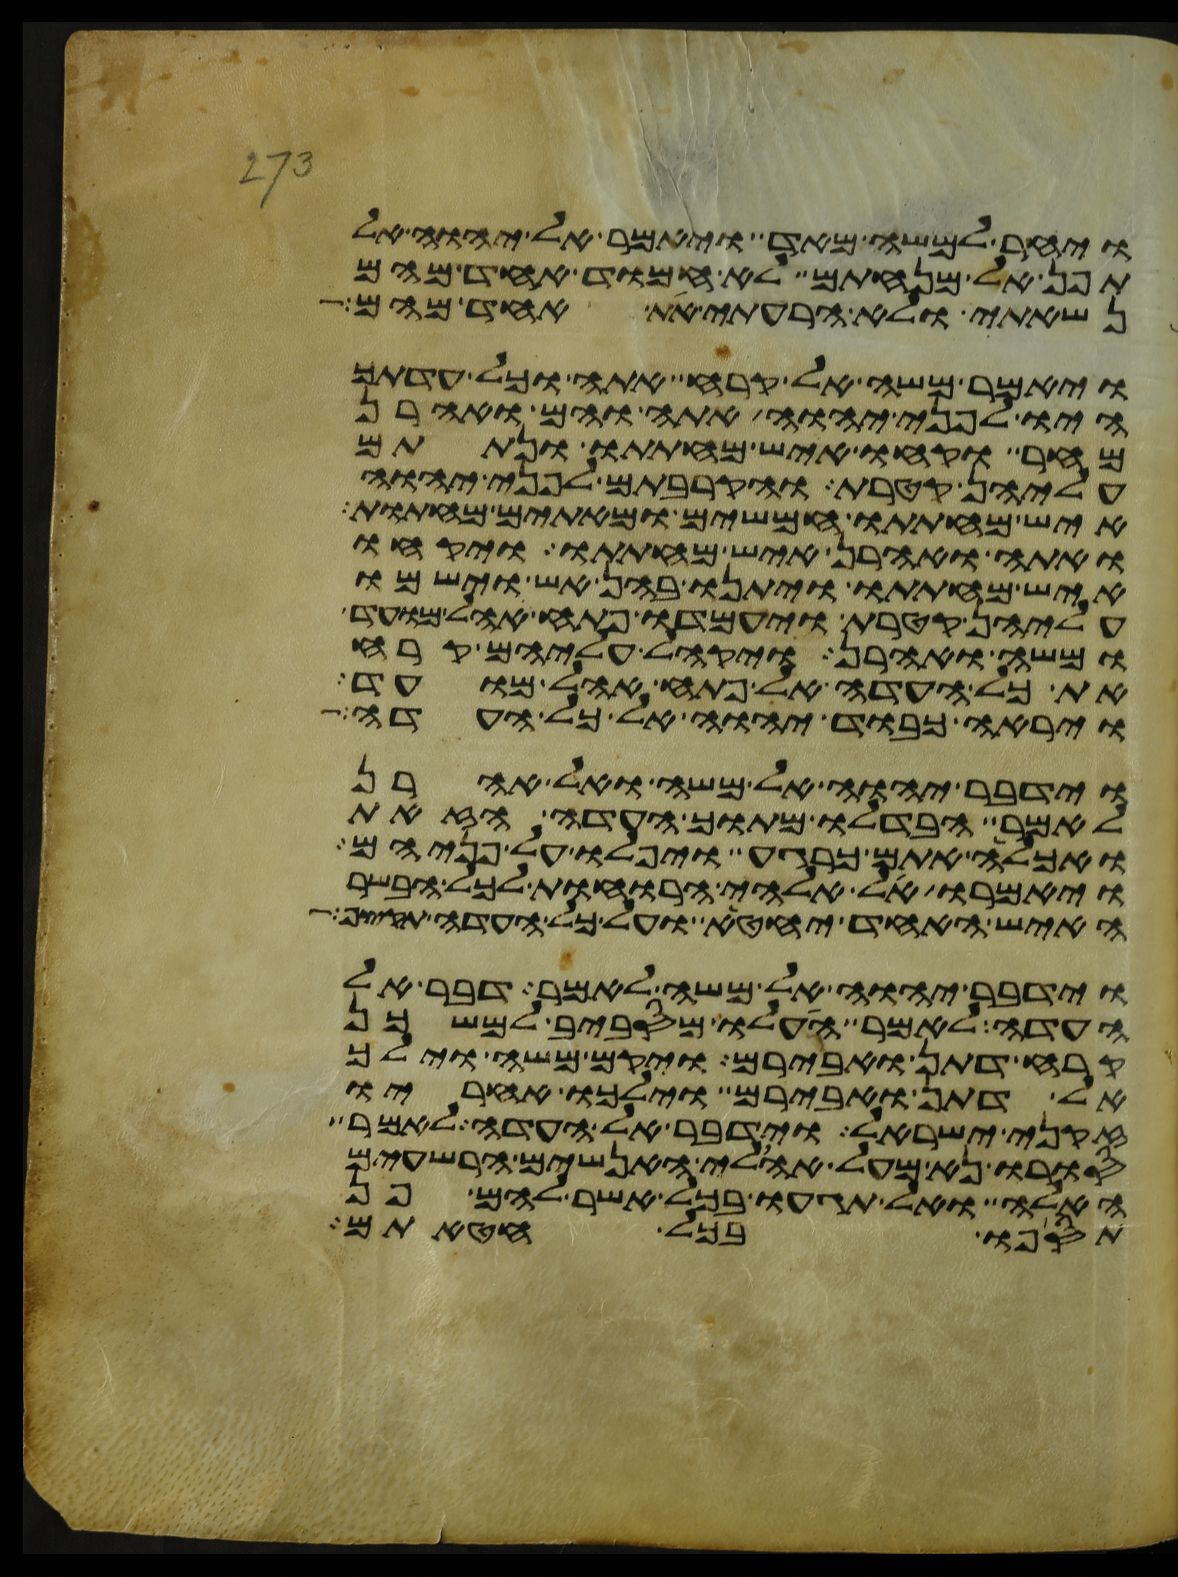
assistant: ויחר למשה מאד ויאמר אל יהוה אל
תפן אל מנחתם לא חמוד אחד מהם
נשאתי ולא הרעתי את אחד מהם
ויאמר משה אל קרח אתה וכל עדתך
היו לפני יהוה אתה והם ואהרן
מחר וקחו איש מחתתו ונתתם
עליהן קטרת והקרבתם לפני יהוה
איש מחתתו חמשים ומאתים מחתות
ואתה ואהרן איש מחתתו ויקחו
איש מחתתו ויתנו בהן אש וישמו
עליהן קטרת ויעמדו פתח אהל מועד
ומשה ואהרן ויקהל עליהם קרח
את כל העדה אל פתח אהל מועד
וירא כבוד יהוה אל כל העדה
וידבר יהוה אל משה ואל אהרן
לאמר הבדלו מתוך העדה הזאת
ואכלה אתם כרגע ויפלו על פניהם
ויאמרו אל אלהי הרוחות לכל הבשר
האיש האחד יחטא ועל כל העדה תקצף
וידבר יהוה אל משה לאמר דבר אל
העדה לאמר העלו מסביב למשכן
קרח דתן ואבירם ויקם משה וילך
אל דתן ואבירם וילכו אחריו
זקני ישראל וידבר אל העדה לאמר
סורו נא מעל אהלי האנשים הרשעים
האלה ואל תגעו בכל אשר להם פן
תספו בכל חטאתם